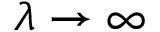
\lambda \rightarrow \infty